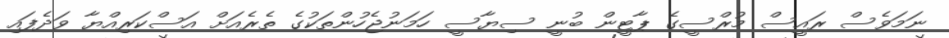
ނަމަވެސް ރައީސް މުރްސީގެ ޕާޓީން ބުނީ ސިޔާސީ ހަމަނުޖެހުންތަކުގެ ތެރެއަށް އަސްކަރިއްޔާ ވަދެފައި